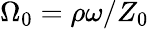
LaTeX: \Omega_{0}=\rho\omega/Z_{0}